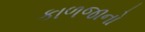
કાળજાનો